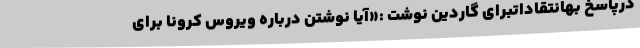
درپاسخ بهانتقاداتبرای گاردین نوشت :«آیا نوشتن درباره ویروس کرونا برای